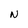
Character: N